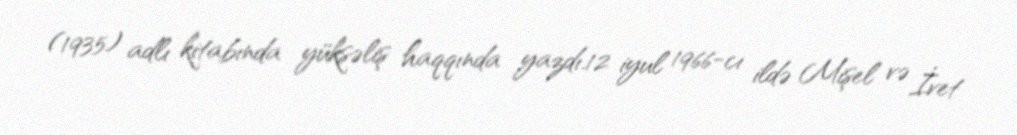
(1935) adlı kitabında yüksəliş haqqında yazdı.12 iyul 1966-cı ildə Mişel və İvet